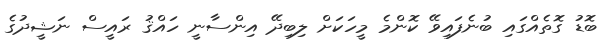
ބޮޑު ގޮތެއްގައި ބުނެފައިވޭ ކޮންމެ މީހަކަށް ލިބިދޭ އިންސާނީ ހައްޤު ރައީސް ނަޝީދުގެ